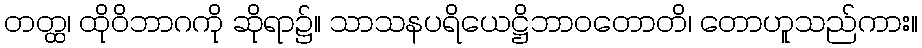
တတ္ထ၊ ထိုဝိဘာဂကို ဆိုရာ၌။ သာသနပရိယေဋ္ဌိဘာဝတောတိ၊ တောဟူသည်ကား။